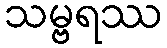
သမ္ဗရဿ